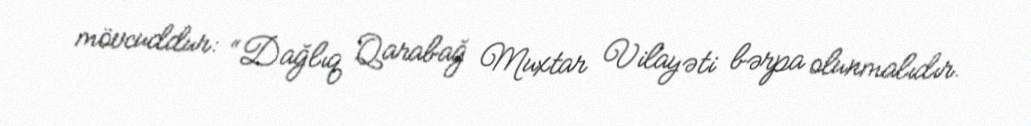
mövcuddur: “Dağlıq Qarabağ Muxtar Vilayəti bərpa olunmalıdır.